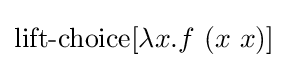
\operatorname {lift-choice} [\lambda x.f\ (x\ x)]